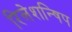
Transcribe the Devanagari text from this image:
रिलेशन्षिप